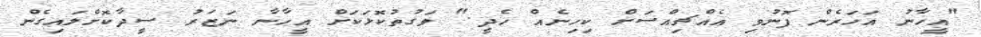
"އީހާނު އަހަރެން ފޮނުވި އެއްޗިއްސަށް ކިހިނެއް ހެދީ." ވަގުތުކޮޅަކަށް އީހާނާ ނަޒަރު ސީދާކޮށްލައިގެން